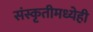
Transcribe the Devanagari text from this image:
संस्कृतीमध्येही